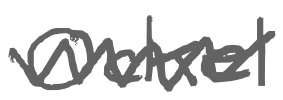
Text: Ockel
Cross-out: zig-zag
Writing tool: digital_gray